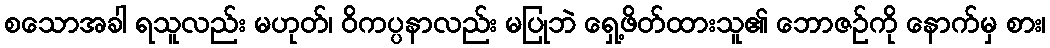
စသောအခါ ရသူလည်း မဟုတ်၊ ဝိကပ္ပနာလည်း မပြုဘဲ ရှေ့ဖိတ်ထားသူ၏ ဘောဇဉ်ကို နောက်မှ စား၊